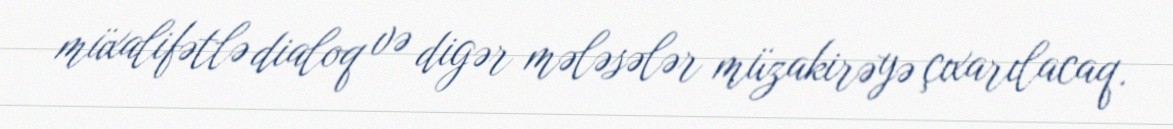
müxalifətlə dialoq və digər mələsələr müzakirəyə çıxarılacaq.